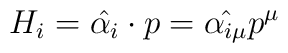
H_i = \hat{\alpha_{i}} \cdot p = \hat{\alpha_{i\mu}}p^{\mu}